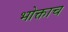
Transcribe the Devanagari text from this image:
भोक्ताच